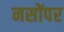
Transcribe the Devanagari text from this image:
नसोंपर